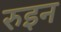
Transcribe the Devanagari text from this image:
रुइन